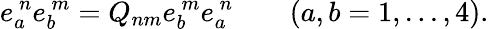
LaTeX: e_{a}^{\ n}e_{b}^{\ m}=Q_{nm}e_{b}^{\ m}e_{a}^{\ n}\qquad(a,b=1,...,4).